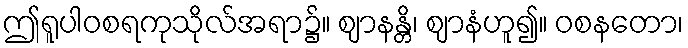
ဤရူပါဝစရကုသိုလ်အရာ၌။ ဈာနန္တိ၊ ဈာနံဟူ၍။ ဝစနတော၊